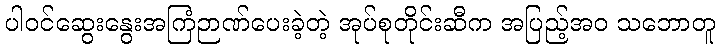
ပါဝင်ဆွေးနွေးအကြံဉာဏ်ပေးခဲ့တဲ့ အုပ်စုတိုင်းဆီက အပြည့်အဝ သဘောတူ